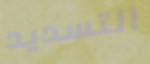
التسديد